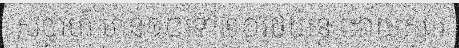
សប្តាហ៍ មាន១០ទៅ២០រថយន្ត ដោយសារ